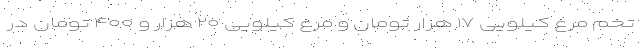
تخم مرغ کیلویی ۱۷ هزار تومان و مرغ کیلویی ۲۰ هزار و ۴۰۰ تومان در